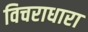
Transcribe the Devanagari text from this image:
विचराधारा